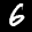
Label: 6